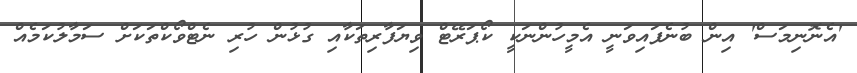
'އެނޮނިމަސް' އިން ބުނެފައިވަނީ އެމީހުންނަކީ ކޯޕަރޭޓް ވިޔަފާރިތަކާއި ގުޅުން ހުރި ނެޓްވޯކްތަކަށް ސަމާލުކަމެއް